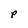
Character: p